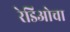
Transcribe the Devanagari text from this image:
रेडिओचा